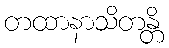
တထာနာသိတန္တိ